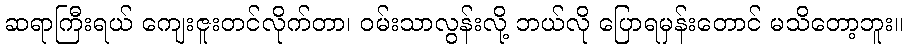
ဆရာကြီးရယ် ကျေးဇူးတင်လိုက်တာ၊ ဝမ်းသာလွန်းလို့ ဘယ်လို ပြောရမှန်းတောင် မသိတော့ဘူး။